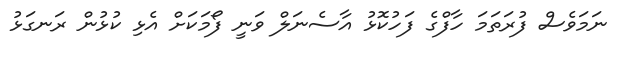
ނަމަވެސް ފުރަތަމަ ހާފްގެ ފަހުކޮޅު އާސެނަލް ވަނީ ފޯމަކަށް އެޅި ކުޅުން ރަނގަޅު